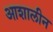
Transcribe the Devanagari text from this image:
आशालीन